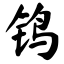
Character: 钨